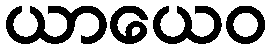
ယာယေဝ